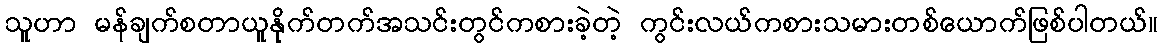
သူဟာ မန်ချက်စတာယူနိုက်တက်အသင်းတွင်ကစားခဲ့တဲ့ ကွင်းလယ်ကစားသမားတစ်ယောက်ဖြစ်ပါတယ်။